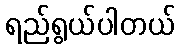
ရည်ရွယ်ပါတယ်